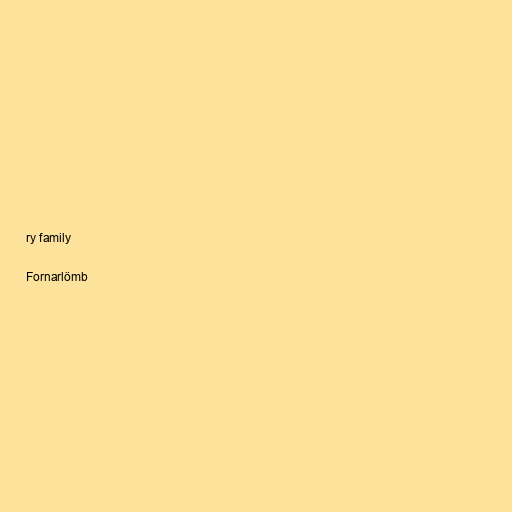
ry family

Fornarlömb